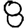
Digit: 8